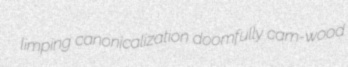
limping canonicalization doomfully cam-wood